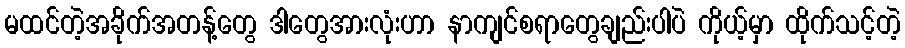
မထင်တဲ့အခိုက်အတန့်တွေ ဒါတွေအားလုံးဟာ နာကျင်စရာတွေချည်းပါပဲ ကိုယ့်မှာ ထိုက်သင့်တဲ့